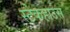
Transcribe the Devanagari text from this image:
स्टेकहाउस